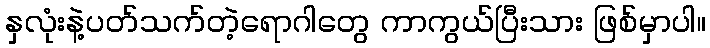
နှလုံးနဲ့ပတ်သက်တဲ့ရောဂါတွေ ကာကွယ်ပြီးသား ဖြစ်မှာပါ။